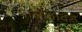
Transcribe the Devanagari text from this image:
बालुकादंड